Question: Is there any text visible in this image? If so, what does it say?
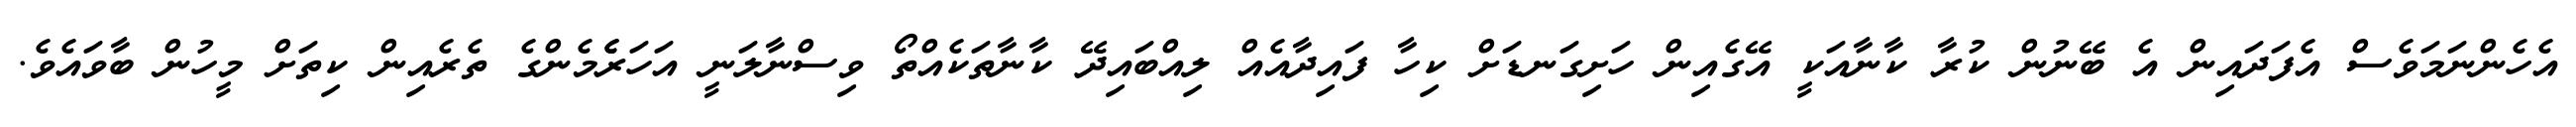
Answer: އެހެންނަމަވެސް އެފަދައިން އެ ބޭނުން ކުރާ ކާނާއަކީ އޭގެއިން ހަށިގަނޑަށް ކިހާ ފައިދާއެއް ލިއްބައިދޭ ކާނާތަކެއްތޯ ވިސްނާލަނީ އަހަރެެމެންގެ ތެރެއިން ކިތަށް މީހުން ބާވައެވެ.